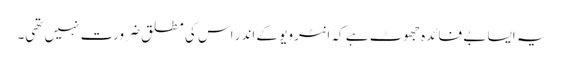
یہ ایسا بے فائدہ جھوٹ ہے کہ انٹرویو کے اندر اس کی مطلق ضرورت نہیں تھی۔